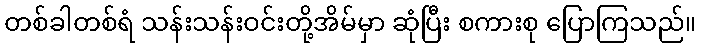
တစ်ခါတစ်ရံ သန်းသန်းဝင်းတို့အိမ်မှာ ဆုံပြီး စကားစု ပြောကြသည်။